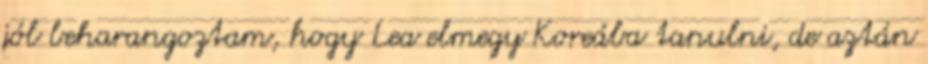
jól beharangoztam, hogy Lea elmegy Koreába tanulni, de aztán